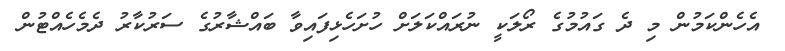
އެހެންކަމުން މި ދެ ގައުމުގެ ރޯލަކީ ނުރައްކަލަށް ހުށަހެޅިފައިވާ ބައްޝާރުގެ ސަރުކާރު ދެމެހެއްޓުން